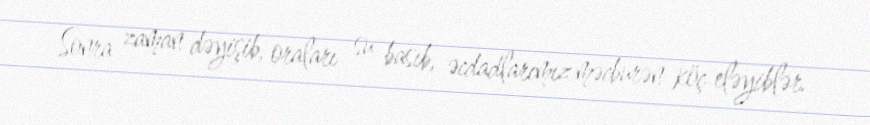
Sonra zaman dəyişib, oraları su basıb, əcdadlarımız məcburən köç eləyiblər.